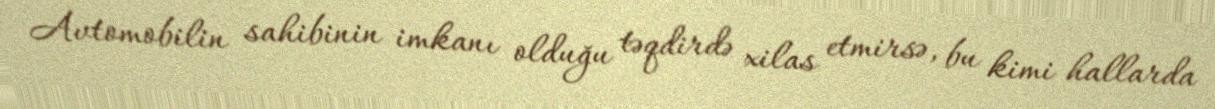
Avtomobilin sahibinin imkanı olduğu təqdirdə xilas etmirsə, bu kimi hallarda